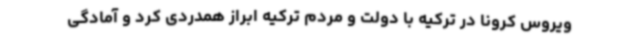
ویروس کرونا در ترکیه با دولت و مردم ترکیه ابراز همدردی کرد و آمادگی